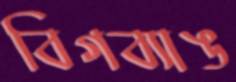
বিগব্যাঙ